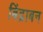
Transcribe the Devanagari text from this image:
बिंद्राबन